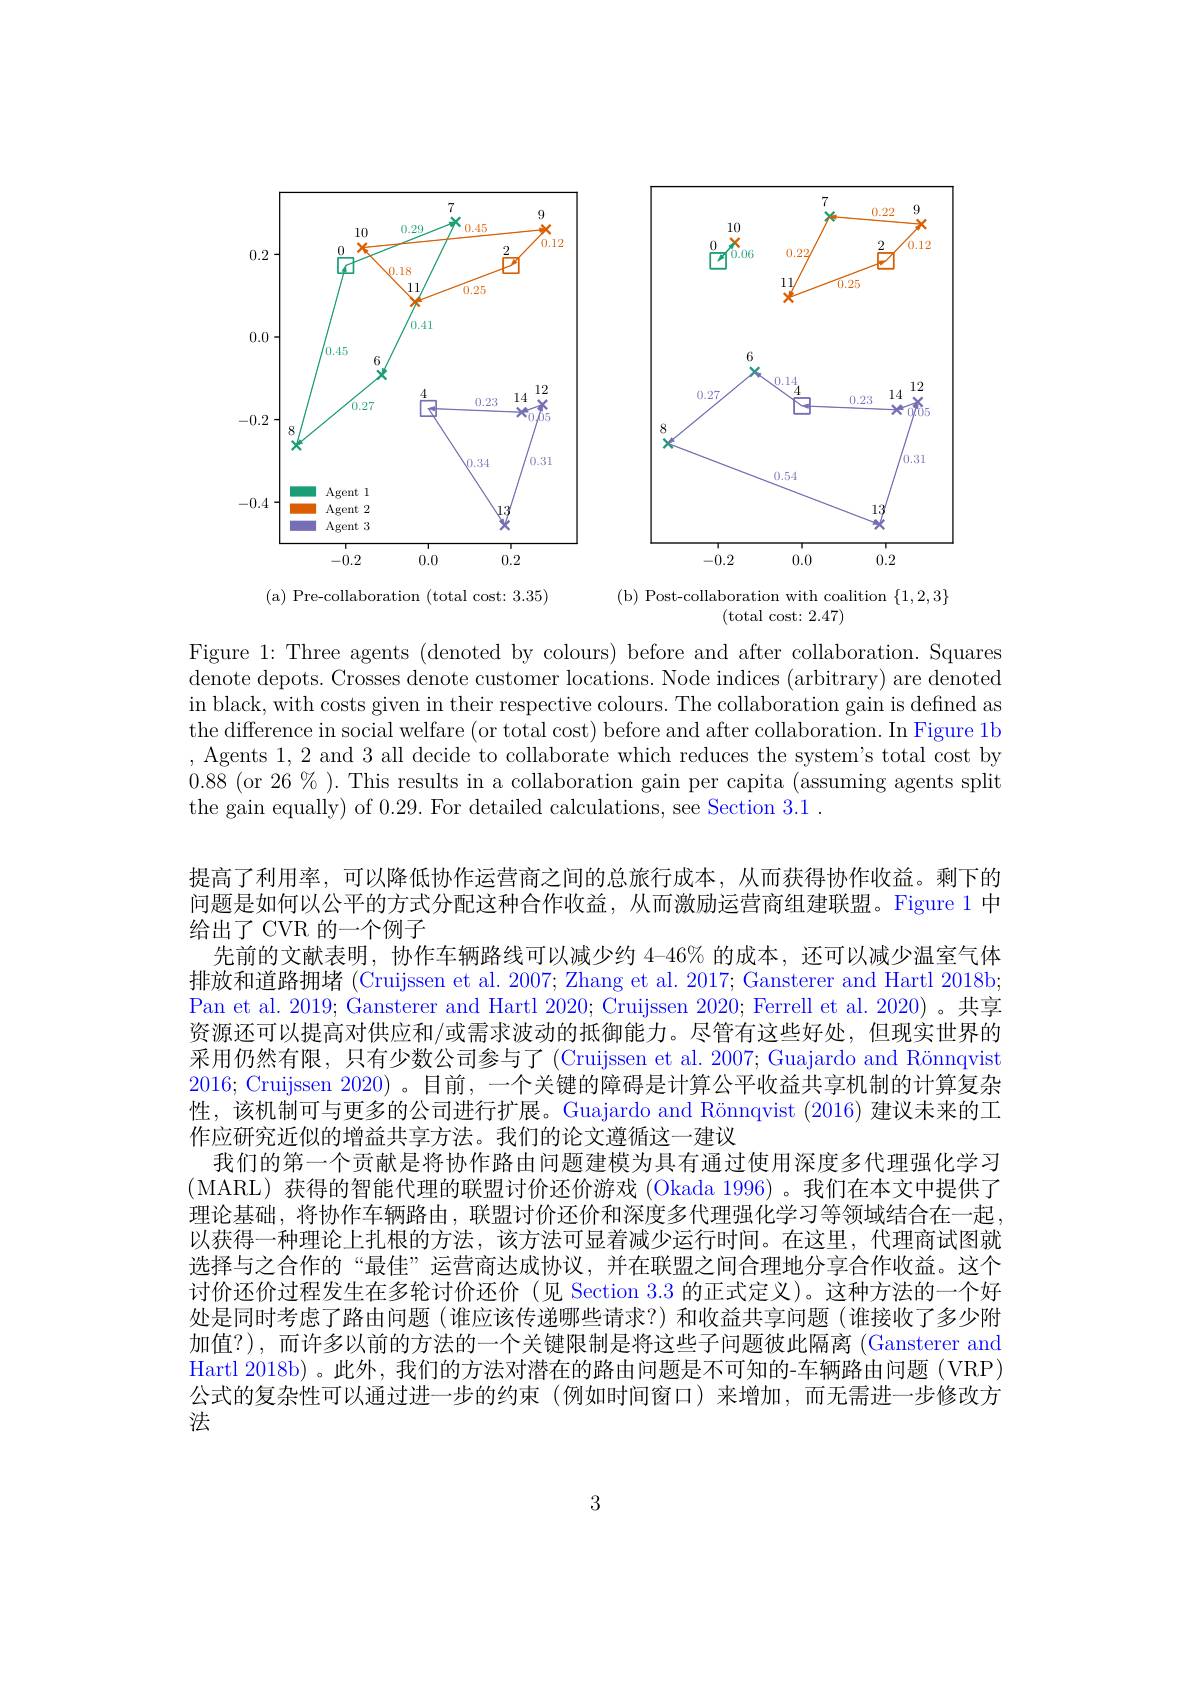
<FigureHere>

(b) Post-collaboration with coalition $\{1,2,3\}$
(a) Pre-collaboration (total cost: 3.35)

(total cost: 2.47)

Figure 1: Three agents (denoted by colours) before and after collaboration. Squares denote depots. Crosses denote customer locations. Node indices (arbitrary) are denoted in black, with costs given in their respective colours. The collaboration gain is defined as the difference in social welfare (or total cost) before and after collaboration. In Figure 1b , Agents 1, 2 and 3 all decide to collaborate which reduces the system's total cost by 0.88 ( or 26 $\%$ ) . This results in a collaboration gain per capita ( assuming agents split the gain equally) of 0.29. For detailed calculations, see Section 3.1 .

提高了利用率，可以降低协作运营商之间的总旅行成本，从而获得协作收益。剩下的问题是如何以公平的方式分配这种合作收益，从而激励运营商组建联盟。Figure 1 中给出了 CVR 的一个例子
先前的文献表明，协作车辆路线可以减少约 4-46% 的成本，还可以减少温室气体排放和道路拥堵 (Cruijssen et al. 2007; Zhang et al. 2017; Gansterer and Hartl 2018b; Pan et al. 2019; Gansterer and Hartl 2020; Cruijssen 2020; Ferrell et al. 2020)。共享资源还可以提高对供应和/或需求波动的抵御能力。尽管有这些好处，但现实世界的采用仍然有限，只有少数公司参与了(Cruijssen et al. 2007; Guajardo and Rönnqvist 2016; Cruijssen 2020) 。目前，一个关键的障碍是计算公平收益共享机制的计算复杂性，该机制可与更多的公司进行扩展。Guajardo and Rönnqvist (2016) 建议未来的工作应研究近似的增益共享方法。我们的论文遵循这一建议
我们的第一个贡献是将协作路由问题建模为具有通过使用深度多代理强化学习(MARL)获得的智能代理的联盟讨价还价游戏 (Okada 1996)。我们在本文中提供了理论基础，将协作车辆路由，联盟讨价还价和深度多代理强化学习等领域结合在一起， 以获得一种理论上扎根的方法，该方法可显着减少运行时间。在这里，代理商试图就选择与之合作的“最佳”运营商达成协议，并在联盟之间合理地分享合作收益。这个讨价还价过程发生在多轮讨价还价(见 Section 3.3 的正式定义)。这种方法的一个好处是同时考虑了路由问题(谁应该传递哪些请求？)和收益共享问题(谁接收了多少附加值？),而许多以前的方法的一个关键限制是将这些子问题彼此隔离 (Gansterer and Hartl 2018b) 。此外，我们的方法对潜在的路由问题是不可知的-车辆路由问题 (VRP) 公式的复杂性可以通过进一步的约束(例如时间窗口)来增加，而无需进一步修改方法

3